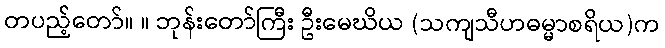
တပည့်တော်။ ။ ဘုန်းတော်ကြီး ဦးမေဃိယ (သကျသီဟဓမ္မာစရိယ)က